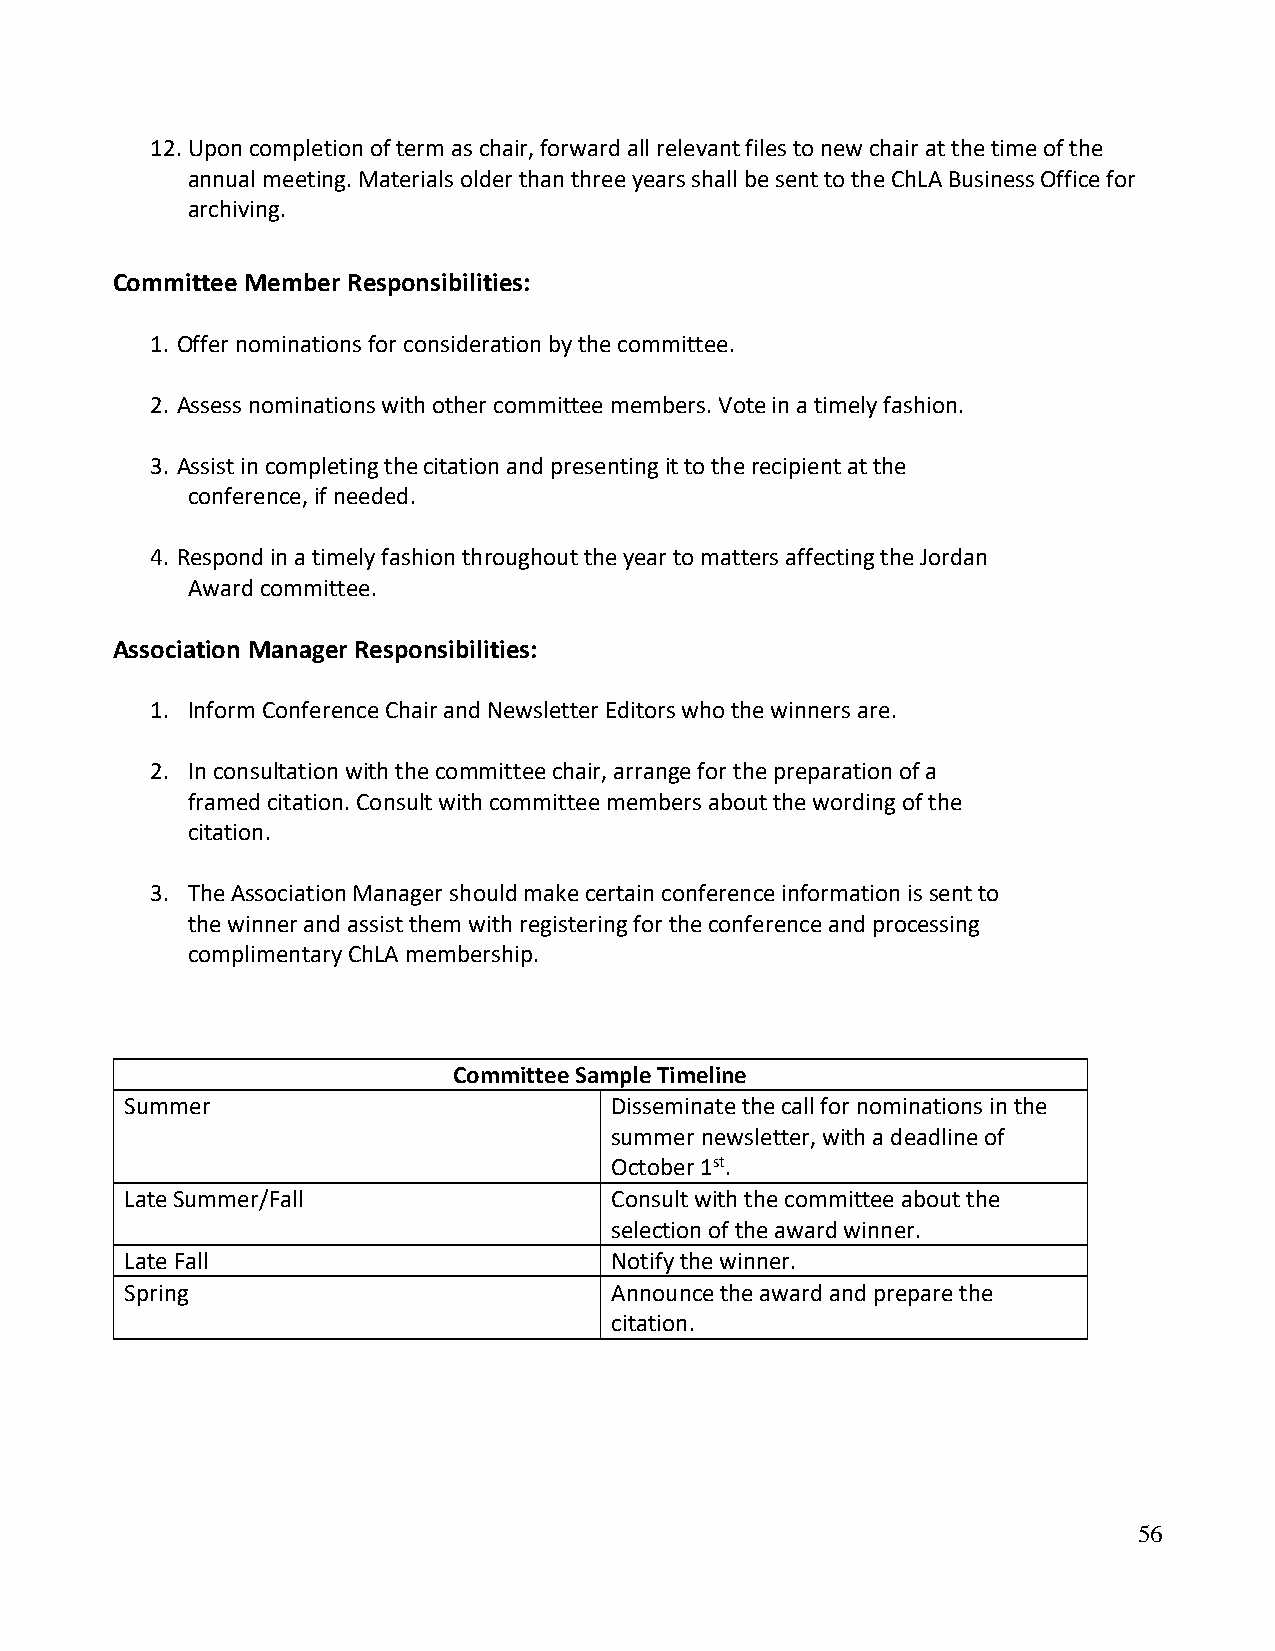
12. Upon completion of term as chair, forward all relevant files to new chair at the time of the
 annual meeting. Materials older than three years shall be sent to the ChLA Business Office for
 archiving.
 Committee Member Responsibilities:
 1. Offer nominations for consideration by the committee.
 2. Assess nominations with other committee members. Vote in a timely fashion.
 3. Assist in completing the citation and presenting it to the recipient at the
 conference, if needed.
 4. Respond in a timely fashion throughout the year to matters affecting the Jordan
 Award committee.
 Association Manager Responsibilities:
 1. Inform Conference Chair and Newsletter Editors who the winners are.
 2. In consultation with the committee chair, arrange for the preparation of a
 framed citation. Consult with committee members about the wording of the
 citation.
 3. The Association Manager should make certain conference information is sent to
 the winner and assist them with registering for the conference and processing
 complimentary ChLA membership.
 Committee Sample Timeline
 Summer                          Disseminate the call for nominations in the
 summer newsletter, with a deadline of
 October 1st.
 Late Summer/Fall                Consult with the committee about the
 selection of the award winner.
 Late Fall                       Notify the winner.
 Spring                          Announce the award and prepare the
 citation.
 56